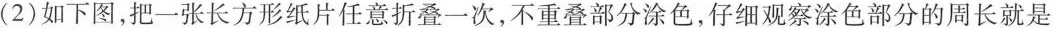
(2)如下图,把一张长方形纸片任意折叠-一次,不重叠部分涂色,仔细观察涂色部分的周长就是